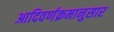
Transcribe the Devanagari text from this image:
आदिवर्णक्रमानुसार